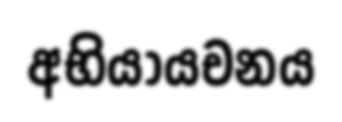
අභියායචනය